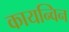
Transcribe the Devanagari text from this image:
कायन्विन